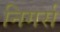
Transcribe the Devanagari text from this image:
निगर्स